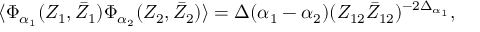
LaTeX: \langle \Phi _ { \alpha _ { 1 } } ( Z _ { 1 } , \bar { Z } _ { 1 } ) \Phi _ { \alpha _ { 2 } } ( Z _ { 2 } , \bar { Z } _ { 2 } ) \rangle = \Delta ( \alpha _ { 1 } - \alpha _ { 2 } ) ( Z _ { 1 2 } \bar { Z } _ { 1 2 } ) ^ { - 2 \Delta _ { \alpha _ { 1 } } } ,